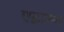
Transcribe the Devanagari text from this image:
एब्राम्‍स